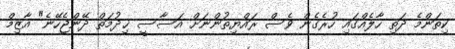
ކިތަންމެ ދަތި ހާލެއްގައި ހުރެގެން ވެސް ރައްޔިތުންނަށް އަސާސީ ޚިދުމަތް ދޭންޖެހޭނެ" އާޒިމް